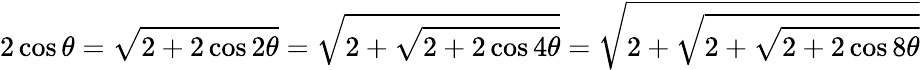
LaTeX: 2\cos\theta={\sqrt{2+2\cos 2\theta}}={\sqrt{2+{\sqrt{2+2\cos 4\theta}}}}={\sqrt{2+{\sqrt{2+{\sqrt{2+2\cos 8\theta}}}}}}